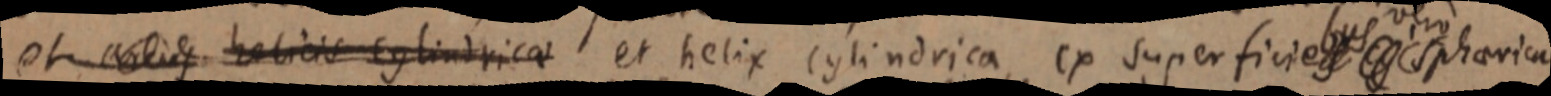
et _ habicis cylindricae et helix cylindrica ex superficiebus sphaerica